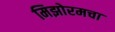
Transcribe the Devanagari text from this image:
मिझोरमचा